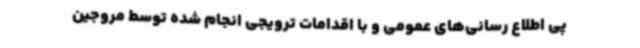
پی اطلاع رسانی‌های عمومی و با اقدامات ترویجی انجام شده توسط مروجین